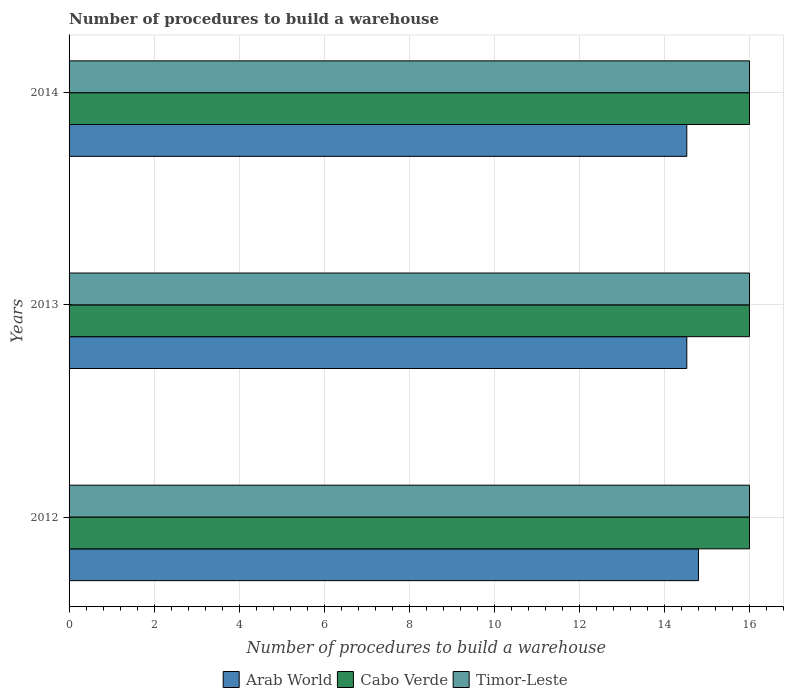
| Years | Arab World | Cabo Verde | Timor-Leste |
 | --- | --- | --- | --- |
 | 2012 | 14.8 | 16 | 16 |
 | 2013 | 14.5 | 16 | 16 |
 | 2014 | 14.5 | 16 | 16 |